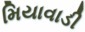
મિયાવાડી